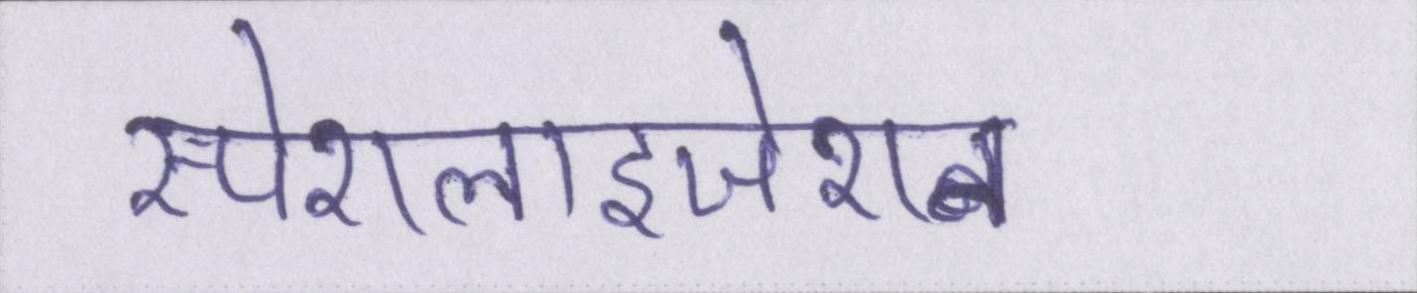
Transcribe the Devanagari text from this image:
स्पेशलाइजेशन